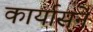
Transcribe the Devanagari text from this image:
कार्यासने